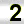
Digit: 2